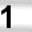
Digit: 1